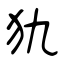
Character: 犰